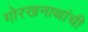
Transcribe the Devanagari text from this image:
गोरखनाथांची